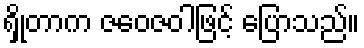
ရှိုတာက ဇဝေဇဝါဖြင့် ပြောသည်။